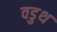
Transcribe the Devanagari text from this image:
वडुथ